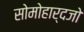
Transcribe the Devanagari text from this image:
सोमोहार्दजो